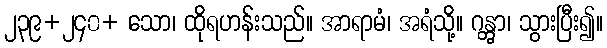
၂၃၉+၂၄၀+ သော၊ ထိုရဟန်းသည်။ အာရာမံ၊ အရံသို့။ ဂန္တွာ၊ သွားပြီး၍။